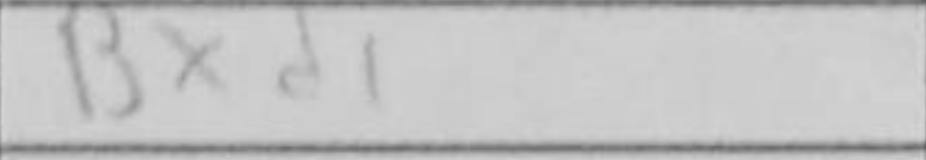
Transcription: Bxd1